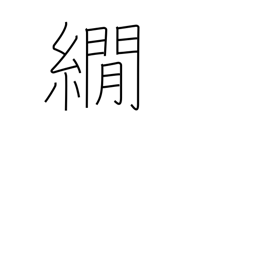
Meaning: a method of dyeing